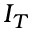
I _ { T }